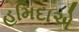
હમિદાએ